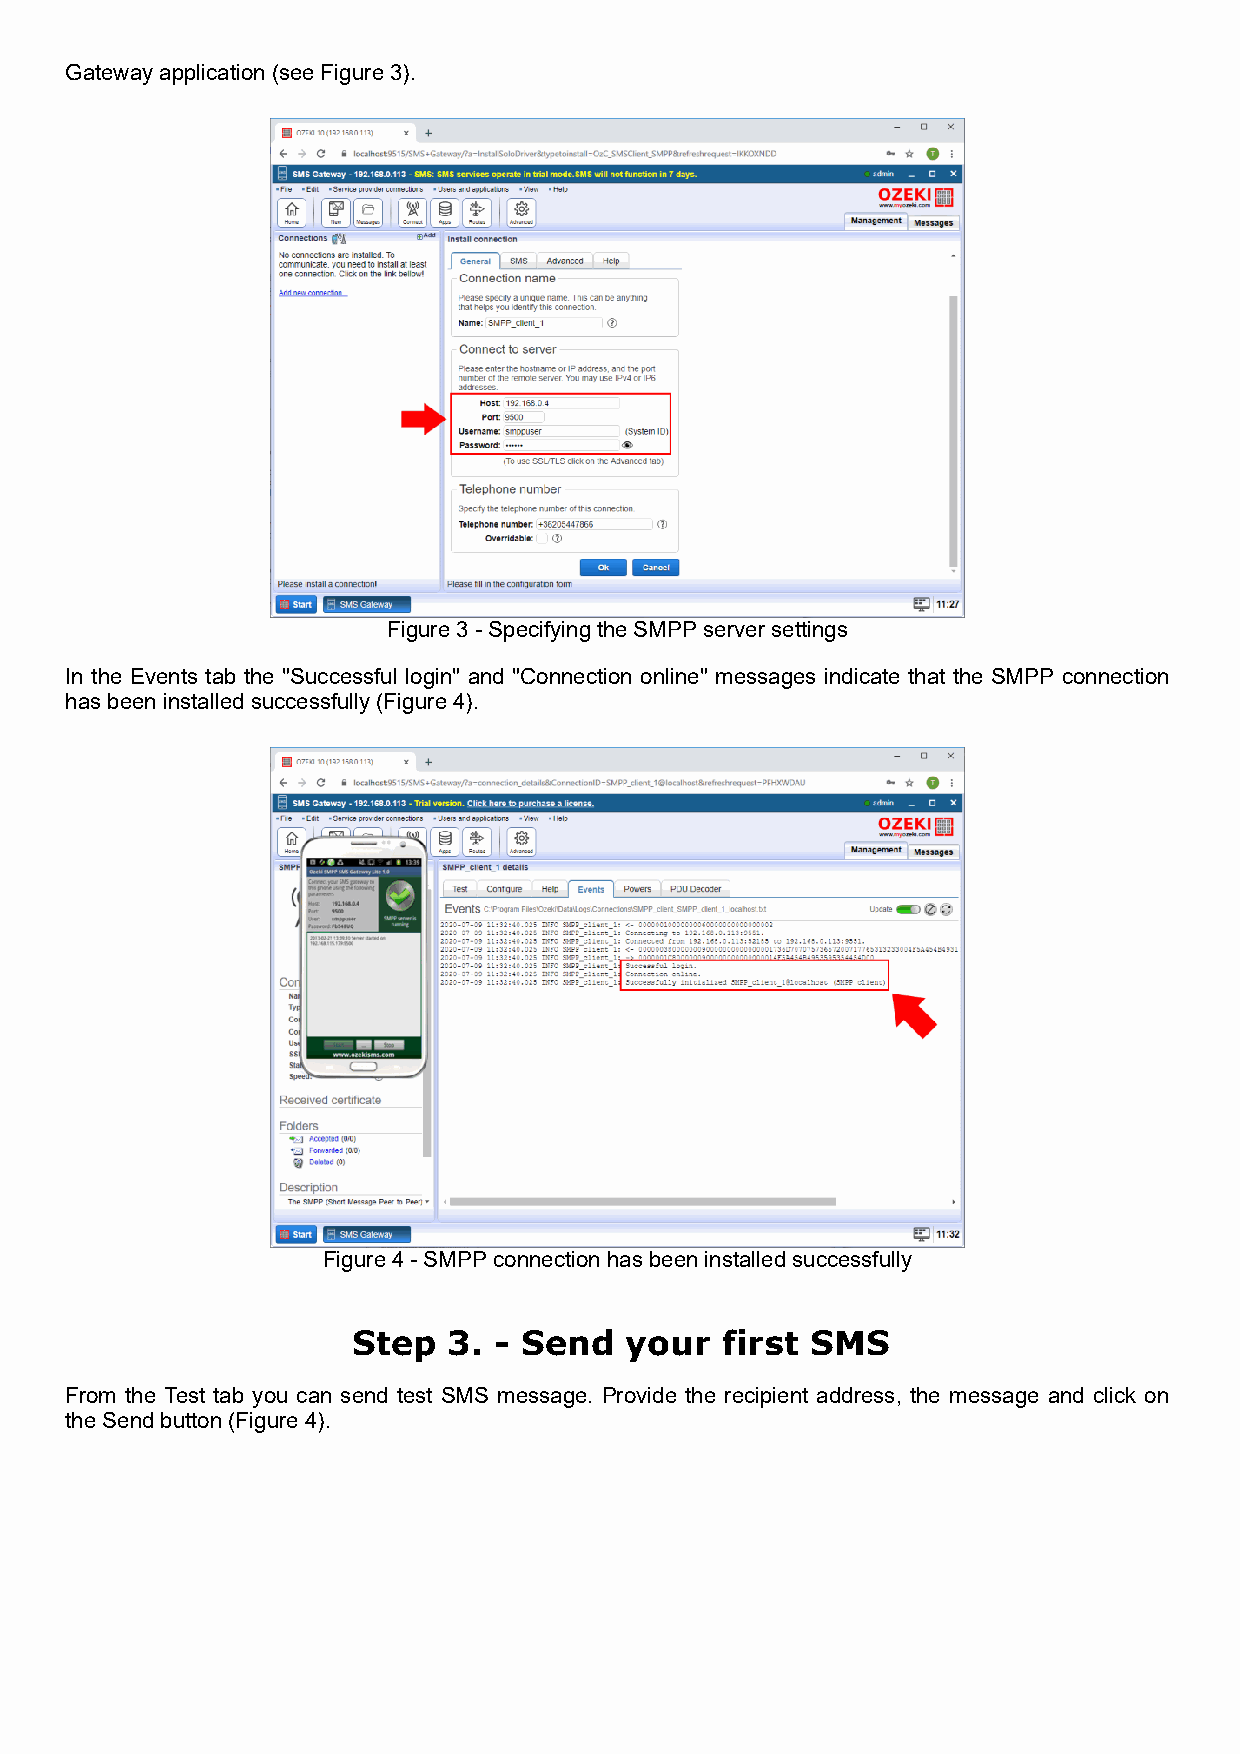
Gateway application (see Figure 3).
 Figure 3 - Specifying the SMPP server settings
 In the Events tab the "Successful login" and "Connection online" messages indicate that the SMPP connection
 has been installed successfully (Figure 4).
 Figure 4 - SMPP connection has been installed successfully
 Step   3. - Send  your   first SMS
 From the Test tab you can send test SMS message. Provide the recipient address, the message and click on
 the Send button (Figure 4).